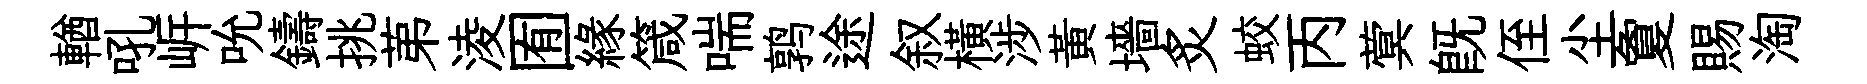
輶吼㟁吮鑄挑苐淩囿緣箴喘鹑途叙横涉黃墻炙蛟丙蓂旣侄尘夐賜淘